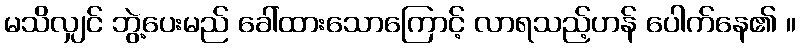
မသိလျှင် ဘွဲ့ပေးမည် ခေါ်ထားသောကြောင့် လာရသည့်ဟန် ပေါက်နေ၏ ။